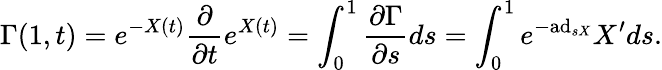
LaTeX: \Gamma(1,t)=e^{-X(t)}{\frac{\partial}{\partial t}}e^{X(t)}=\int_{0}^{1}{\frac{\partial\Gamma}{\partial s}}ds=\int_{0}^{1}e^{-\mathrm{ad}_{sX}}X^{\prime}ds.